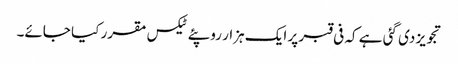
تجویز دی گئی ہے کہ فی قبر پر ایک ہزار روپئے ٹیکس مقرر کیا جائے۔